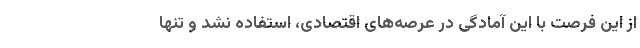
از این فرصت با این آمادگی در عرصه‌های اقتصادی، استفاده نشد و تنها